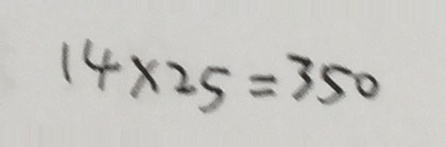
1 4 \times 2 5 = 3 5 0